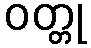
ဝတ္တု